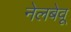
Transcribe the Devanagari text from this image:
नेलबेवू